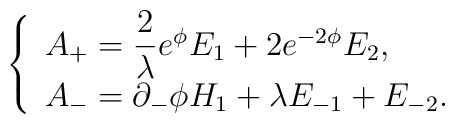
\left\{ \begin{array}{l}A_{+} = {\displaystyle \frac{2}{\lambda} } e^{\phi} E_{1}+ 2 e^{- 2\phi} E_{2} , \\A_{-} = \partial_{-}\phi H_{1} + \lambda E_{- 1} + E_{- 2} .\end{array}\right.